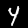
Digit: 4